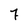
Character: 7